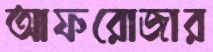
আফরোজার